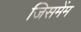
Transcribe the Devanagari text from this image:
जिसमेंम